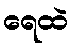
ရေထဲ